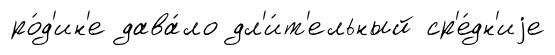
ро́д'ин'е дава́ло дл'и́т'ельный ср'е́дн'иjе